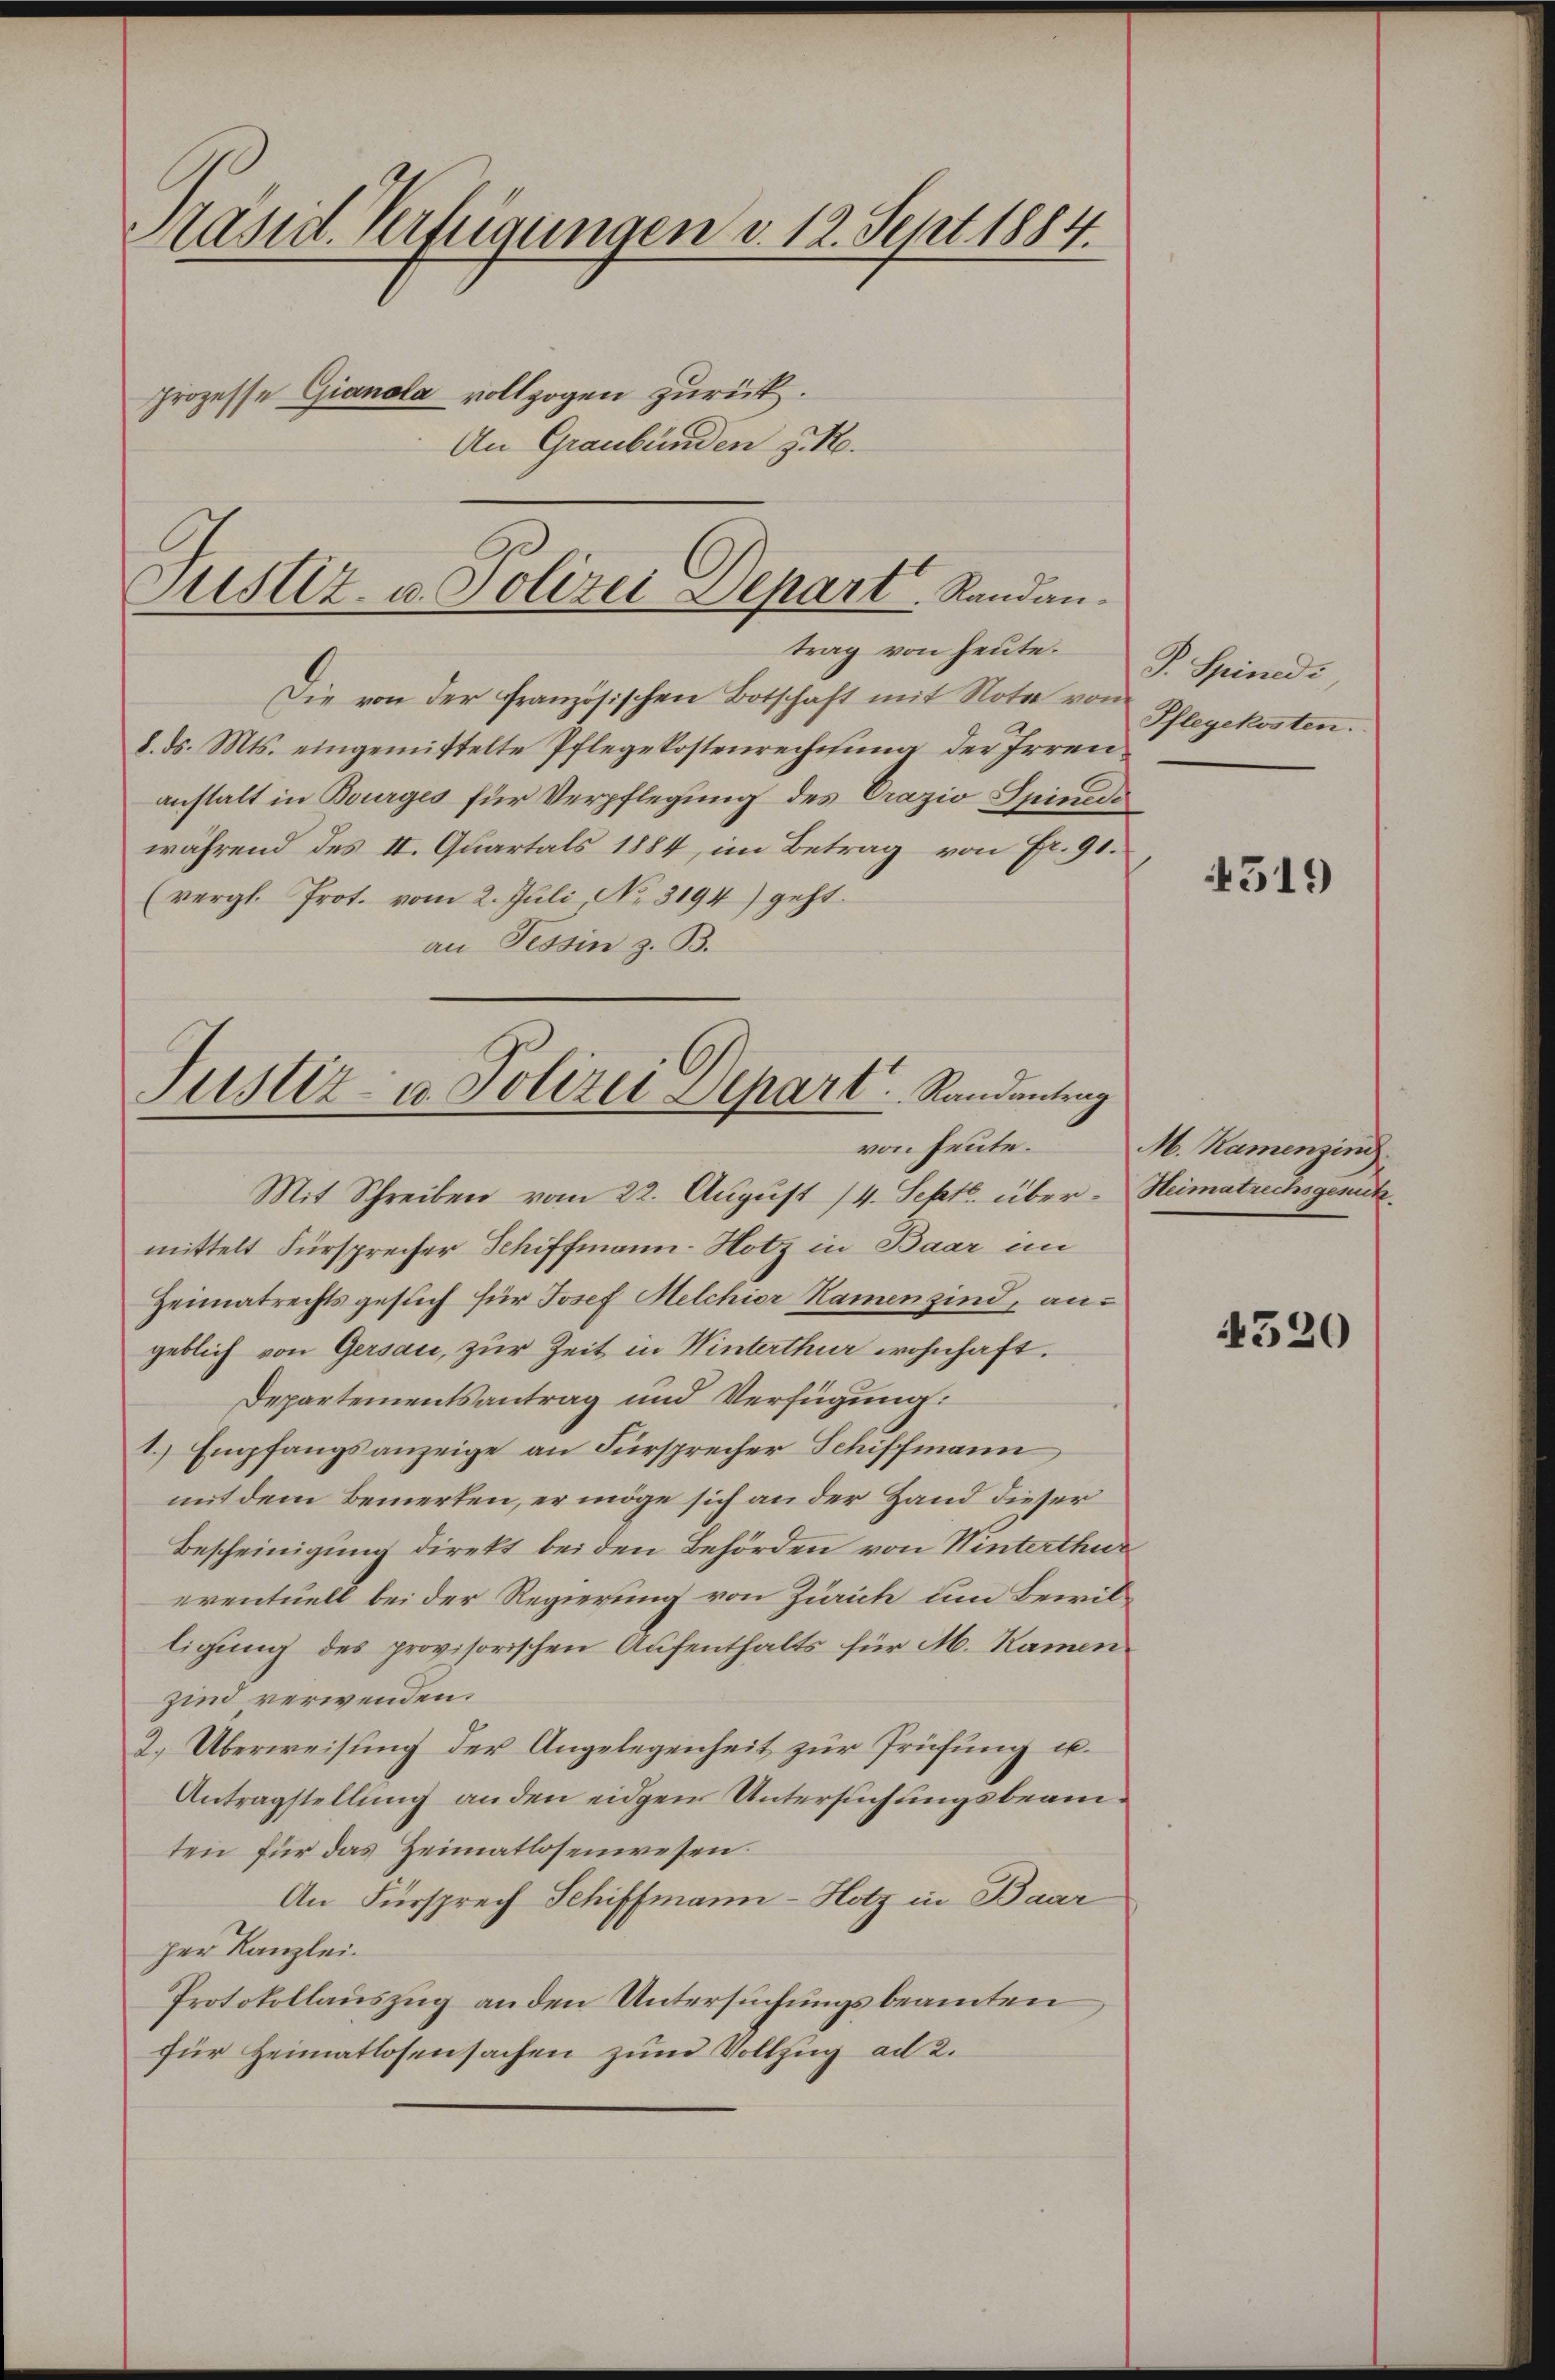
Mänd. Verfügungen v. 12. Sept. 1884.
prozesse Gianola vollzogen zurück.
An Graubünden z. R.

Justiz- u. Polizei Depart Randantrag von heute.

Die von der französischen Botschaft mit Note von Pflegekosten.
8. ds. Mts. eingemittelte Pflegekostenrechnung der Irrenanstalt in Bourges für Verpflegung des Crazio Spinide
während des II. Quartals 1884, im Betrag von Fr. 91.
(vergl. Prot. vom 2. Juli No 3194) geht.
an Tessin z. B.
Mit Schreiben vom 22. August 14. Sept. über - Heimatrichsgesuch.
mittelt Fürsprecher Schiffmann-Hotz in Baar im
Heimatrechtsgesuch für Josef Melchior Namen sind, angeblich von Gersau, zur Zeit in Winterthur wohnhaft.
Departementsantrag und Verfügung:
1.) Empfangsanzeige an Fürsprecher Schiffmann
mit dem Bemerken, er möge sich an der Hand dieser
Bescheinigung direkt bei den Behörden von Winterthur
eventuell bei der Regierung von Zürich um Bewilligung des provisorischen Aufenthalts für M. Namenzind verwenden.
2. Überweisung der Angelegenheit zur Prüfung u.
Antragstellung an den eidgen Untersuchungsbeamten für das Heimatlosenwesen.
An Fürsprech Schiffmann-Hotz in Baar
per Kanzlei.
Protokollauszug an den Untersuchungsbeamten
für Heimatlosensachen zum Vollzug ad 2.

Justiz- u. Polizei Depart. Randenting
von heute.

P. Spindi,

519

M. Namenzind

4520